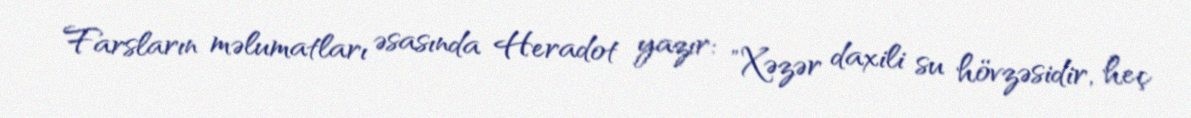
Farsların məlumatları əsasında Heradot yazır: "Xəzər daxili su hövzəsidir, heç